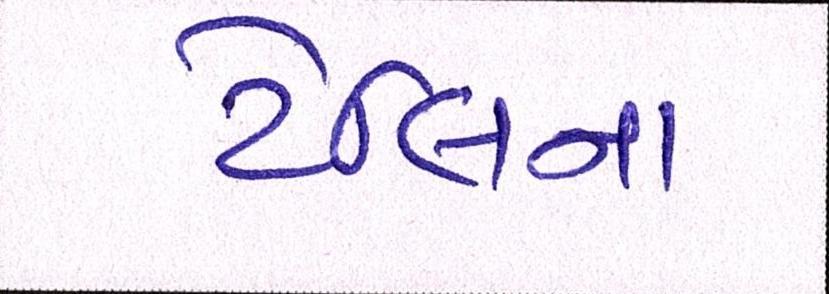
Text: ટેલિના